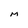
Character: M